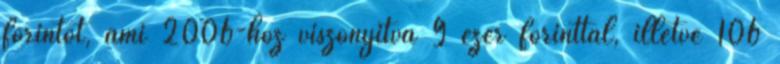
forintot, ami 2006-hoz viszonyítva 9 ezer forinttal, illetve 106